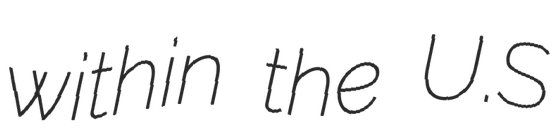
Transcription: within the U.S